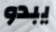
يبدو